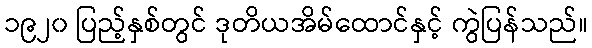
၁၉၂၀ ပြည့်နှစ်တွင် ဒုတိယအိမ်ထောင်နှင့် ကွဲပြန်သည်။